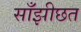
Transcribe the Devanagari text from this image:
साँझीछत